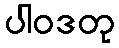
ပါဝဒတု